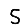
Digit: 5